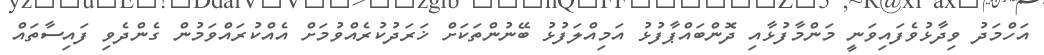
އަހްމަދު ވިދާޅުވެފައިވަނީ މަންމާފުޅާއި ދޮންބައްޕާފުޅު އަމިއްލަފުޅު ބޭނުންތަކަށް ޚަރަދުކުރެއްވުމަށް އެއްކުރައްވަމުން ގެންދެވި ފައިސާތައް